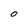
Character: O